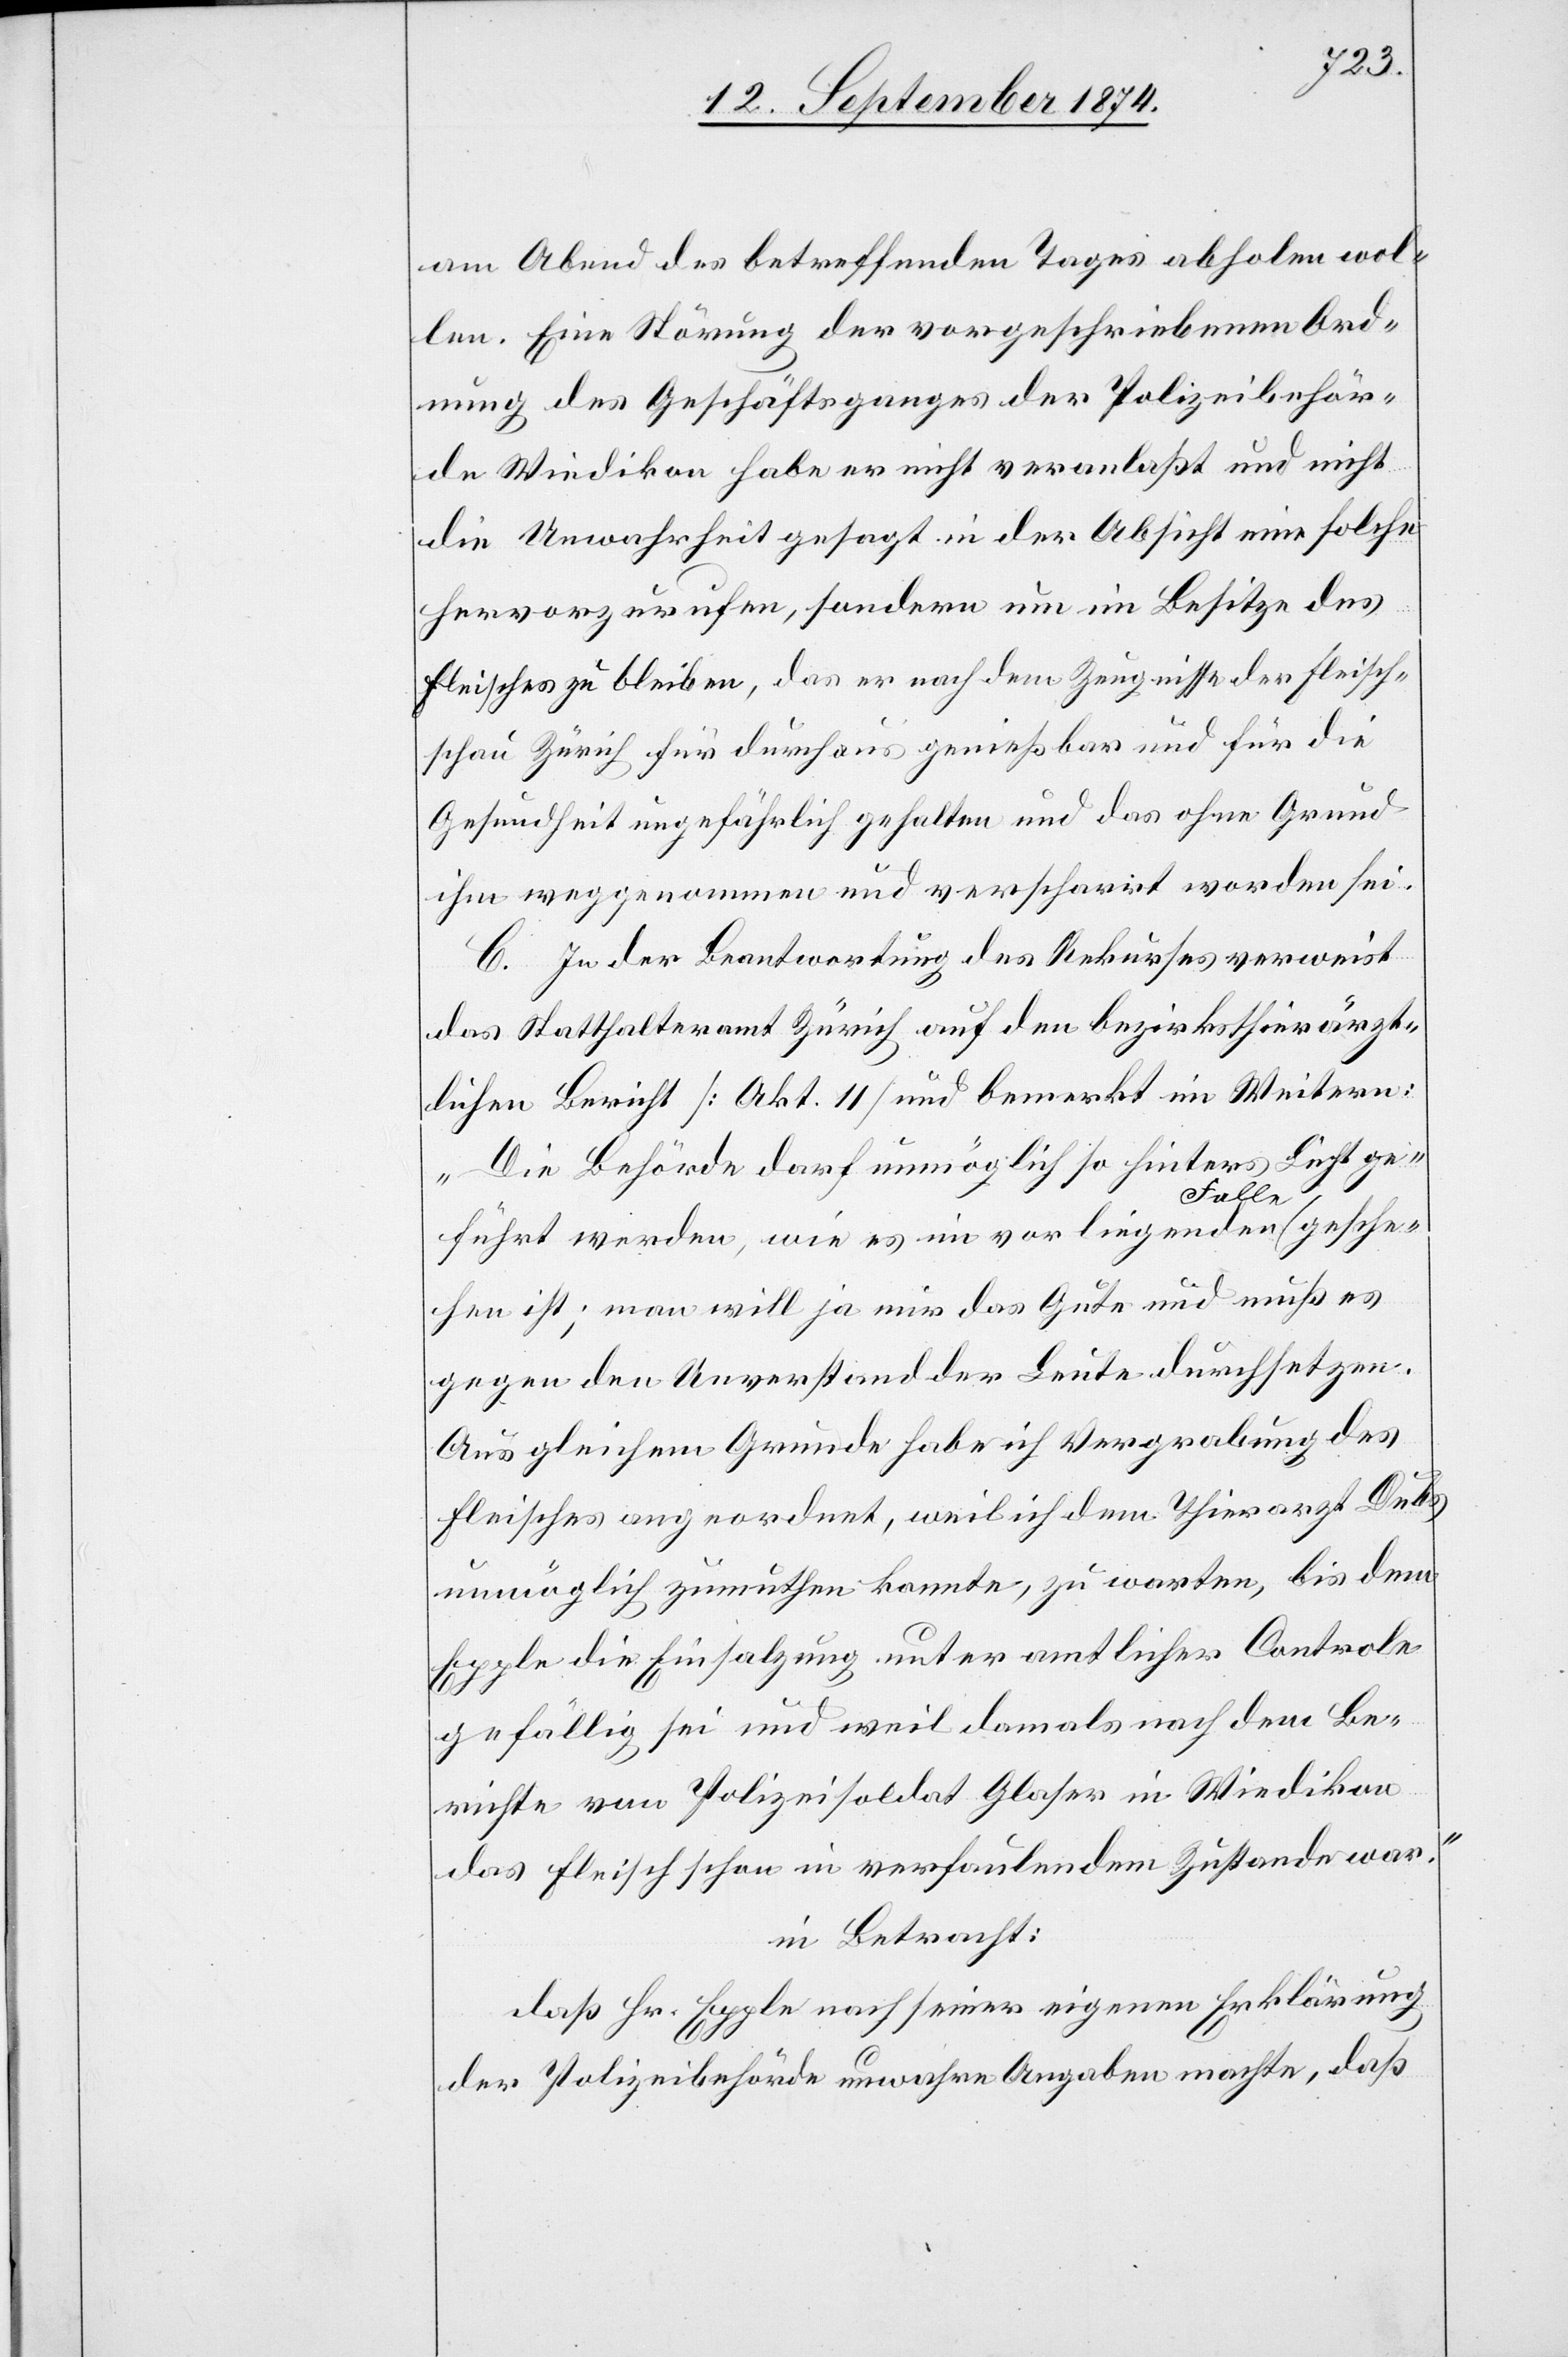
am Abend des betreffenden Tages abholen wol¬
len. Eine Störung der vorgeschriebenen Ord¬
nung des Geschäftsganges der Polizeibehör¬
de Wiedikon habe er nicht veranlaßt und nicht
die Unwahrheit gesagt in der Absicht eine solche
hervorzurufen, sondern um im Besitze des
Fleisches zu bleiben, das er nach dem Zeugnisse der Fleisch¬
schau Zürich für durchaus genießbar und für die
Gesundheit ungefährlich gehalten und das ohne Grund
ihm weggenommen und verscharrt worden sei.
C. In der Beantwortung des Rekurses verweist
das Statthalteramt Zürich auf den bezirksthierärzt¬
lichen Bericht [Akt. 11] und bemerkt im Weitern:
„Die Behörde darf unmöglich so hinters Licht ge¬
führt werden, wie es im vorliegenden Falle gesche¬
hen ist; man will ja nur das Gute und muß es
gegen den Unverstand der Leute durchsetzen.
Aus gleichem Grund habe ich Vergrabung des
Fleisches angeordnet, weil ich dem Thierarzt Dubs
unmöglich zumuthen konnte, zu warten, bis dem
Epple die Einsalzung unter amtlicher Controle
zufällig sei und weil damals nach dem Be¬
richt vom Polizeisoldat Glaser in Wiedikon
das Fleisch schon in verfaulendem Zustande war.“
in Betracht:
daß Hr. Epple nach seiner eigenen Erklärung
der Polizeibehörde unwahre Angaben macht, daß